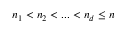
n _ { 1 } < n _ { 2 } < . . . < n _ { d } \leq n